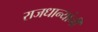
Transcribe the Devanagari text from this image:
राजधान्यांनी